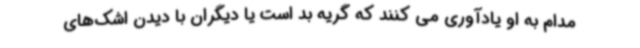
مدام به او یادآوری می کنند که گریه بد است یا دیگران با دیدن اشک‌های